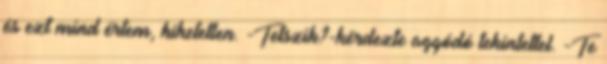
és ezt mind értem, hihetetlen. -Tetszik?-kérdezte aggódó tekintettel. -Te